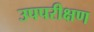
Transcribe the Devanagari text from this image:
उपपरीक्षण